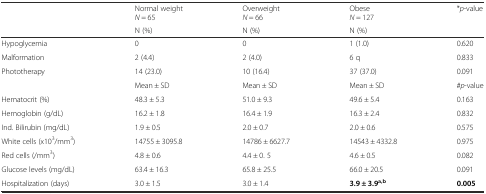
<table><thead><tr><td rowspan="2"></td><td><b>Normal weight<i>N</i> = 65</b></td><td><b>Overweight<i>N</i> = 66</b></td><td><b>Obese<i>N</i> = 127</b></td><td rowspan="2"><b>*<i>p</i>-value</b></td></tr><tr><td><b>N (%)</b></td><td><b>N (%)</b></td><td><b>N (%)</b></td></tr></thead><tbody><tr><td>Hypoglycemia</td><td>0</td><td>0</td><td>1 (1.0)</td><td>0.620</td></tr><tr><td>Malformation</td><td>2 (4.4)</td><td>2 (4.0)</td><td>6 q</td><td>0.833</td></tr><tr><td>Phototherapy</td><td>14 (23.0)</td><td>10 (16.4)</td><td>37 (37.0)</td><td>0.091</td></tr><tr><td></td><td>Mean ± SD</td><td>Mean ± SD</td><td>Mean ± SD</td><td>#<i>p</i>-value</td></tr><tr><td>Hematocrit (%)</td><td>48.3 ± 5.3</td><td>51.0 ± 9.3</td><td>49.6 ± 5.4</td><td>0.163</td></tr><tr><td>Hemoglobin (g/dL)</td><td>16.2 ± 1.8</td><td>16.4 ± 1.9</td><td>16.3 ± 2.4</td><td>0.832</td></tr><tr><td>Ind. Bilirubin (mg/dL)</td><td>1.9 ± 0.5</td><td>2.0 ± 0.7</td><td>2.0 ± 0.6</td><td>0.575</td></tr><tr><td>White cells (x10<sup>3</sup>/mm<sup>3</sup>)</td><td>14755 ± 3095.8</td><td>14786 ± 6627.7</td><td>14543 ± 4332.8</td><td>0.975</td></tr><tr><td>Red cells (/mm<sup>3</sup>)</td><td>4.8 ± 0.6</td><td>4.4 ± 0. 5</td><td>4.6 ± 0.5</td><td>0.082</td></tr><tr><td>Glucose levels (mg/dL)</td><td>63.4 ± 16.3</td><td>65.8 ± 25.5</td><td>66.0 ± 20.5</td><td>0.091</td></tr><tr><td>Hospitalization (days)</td><td>3.0 ± 1.5</td><td>3.0 ± 1.4</td><td><b>3.9 ± 3.9</b><sup><b>a,b</b></sup></td><td><b>0.005</b></td></tr></tbody></table>